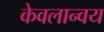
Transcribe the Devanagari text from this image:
केवलान्वय